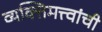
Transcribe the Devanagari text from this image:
व्यक्तिमत्त्वांची